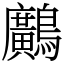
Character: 𪇵